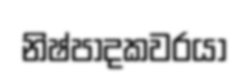
නිෂ්පාදකවරයා